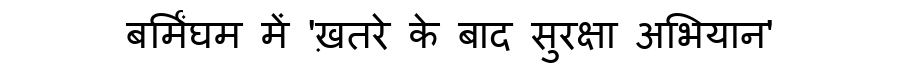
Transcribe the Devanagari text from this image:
बर्मिंघम में 'ख़तरे के बाद सुरक्षा अभियान'